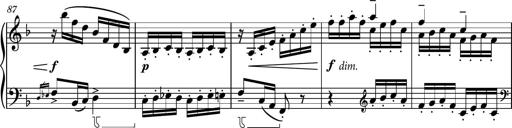
Title: Piano Sonatina No.8
Composer: Dimitri Sykias
Key: F major